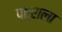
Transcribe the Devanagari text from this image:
पत्राला